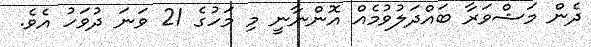
ދެން މަޝްވަރާ ބައްދަލުވުމެއް އޮންނާނީ މި މަހުގެ 21 ވަނަ ދުވަހު އެވެ.